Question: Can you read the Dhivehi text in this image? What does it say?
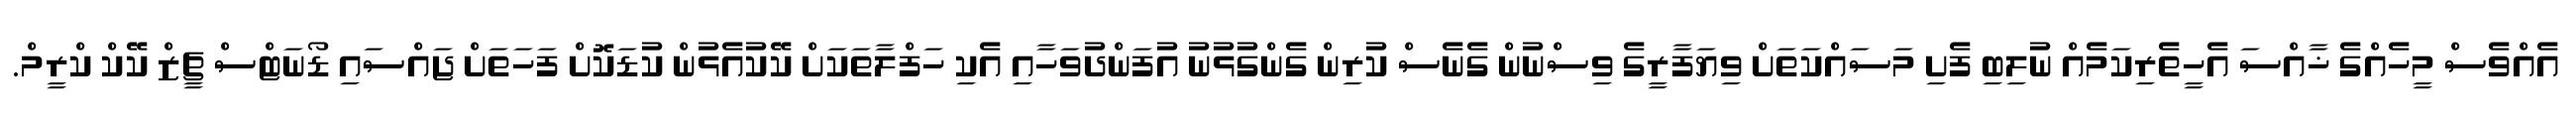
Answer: އެއްވެސް މީހެއްގެ ޚާއްސަ އެހީތެރިކަމެއް ނުލިބި ފެށި މަސައްކަތަށް ވިޔަފާރީގެ ވިސްނުން ގެނެސް ކުރިން ގެންގުޅުނު އުފަންދުވަހާއި އެކި ހަފްލާތަކަށް ކޭކުއެޅުން ކުޑަކޮށް ފަހަތަށް ޖައްސައި ޑޯނަޓްސް ޗީޒް ކޭކް ކްރީމް.